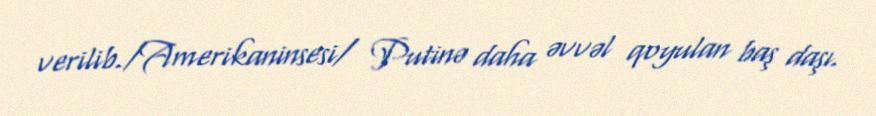
verilib./Amerikaninsesi/ Putinə daha əvvəl qoyulan baş daşı.